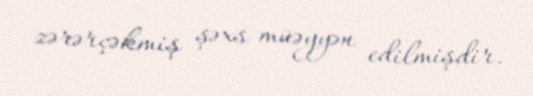
zərərçəkmiş şəxs müəyyən edilmişdir.